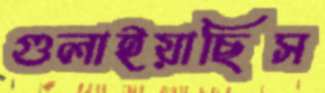
গুলাইয়াছিস